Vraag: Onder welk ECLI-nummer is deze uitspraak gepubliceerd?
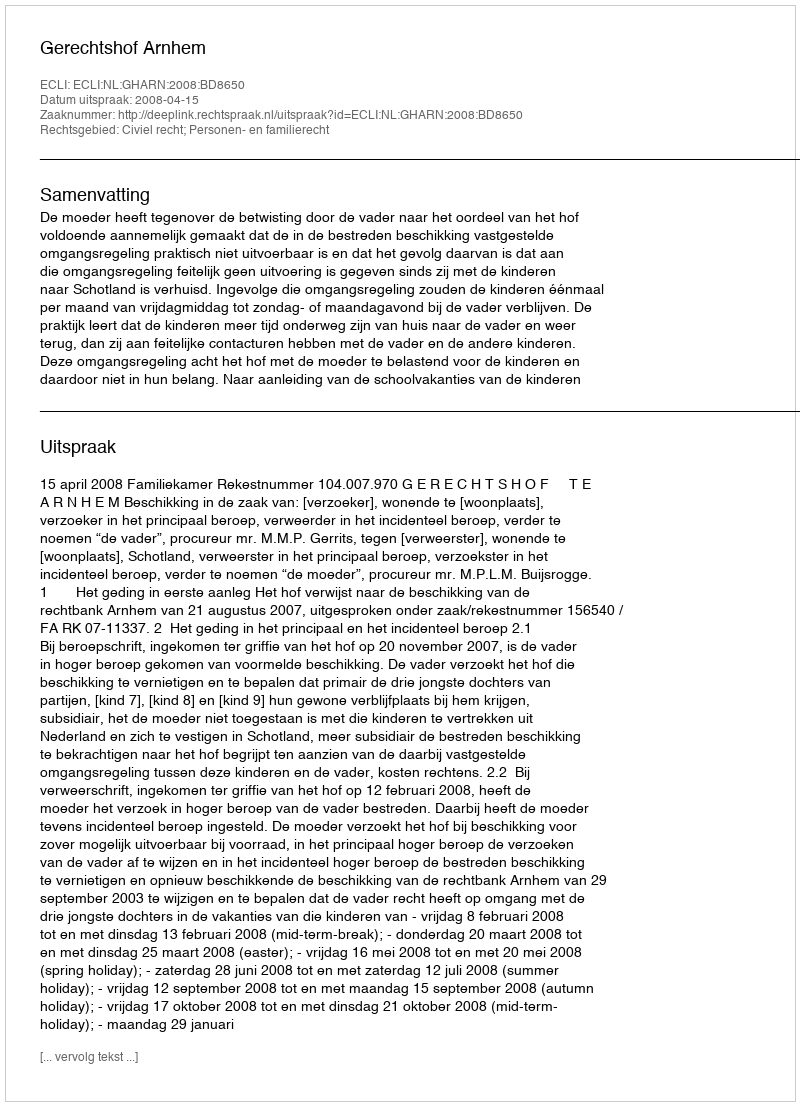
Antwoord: ECLI:NL:GHARN:2008:BD8650